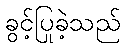
ခွင့်ပြုခဲ့သည်